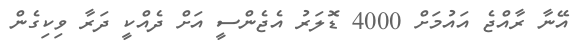
އޭނާ ރާއްޖެ އައުމަށް 4000 ޑޮލަރު އެޖެންސީ އަށް ދެއްކީ ދަރާ ވިކިގެން